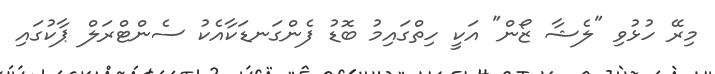
މިރޭ ހުޅުވި "ލެޝާ ޒޯން" އަކީ ހިތްގައިމު ބޮޑު ފެންގަނޑަކާއެކު ސެންޓްރަލް ޕާކުގައި